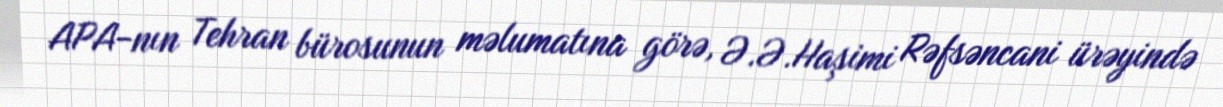
APA-nın Tehran bürosunun məlumatına görə, Ə.Ə.Haşimi Rəfsəncani ürəyində